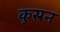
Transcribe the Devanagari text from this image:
कुस्रन